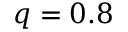
q = 0 . 8